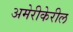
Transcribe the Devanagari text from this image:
अमेरीकेरील